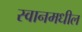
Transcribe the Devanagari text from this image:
स्वानमधील